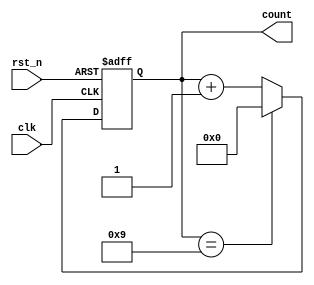
module BCD_Counter(
    input wire clk,          // Clock input
    input wire rst_n,       // Active-low asynchronous reset
    output reg [3:0] count  // 4-bit BCD output
);

// Asynchronous reset logic
always @(posedge clk or negedge rst_n) begin
    if (!rst_n) begin
        count <= 4'b0000;  // Reset count to 0
    end else begin
        // Increment count on clock rising edge
        if (count == 4'b1001) begin
            count <= 4'b0000;  // Reset to 0 when count reaches 10 (1010 in binary)
        end else begin
            count <= count + 1; // Increment count
        end
    end
end

endmodule